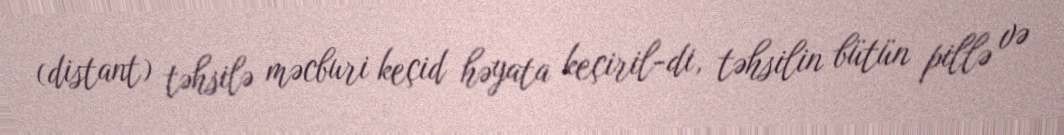
(distant) təhsilə məcburi keçid həyata keçiril­di, təhsilin bütün pillə və